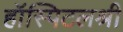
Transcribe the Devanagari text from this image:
हॉस्पिटलश्री